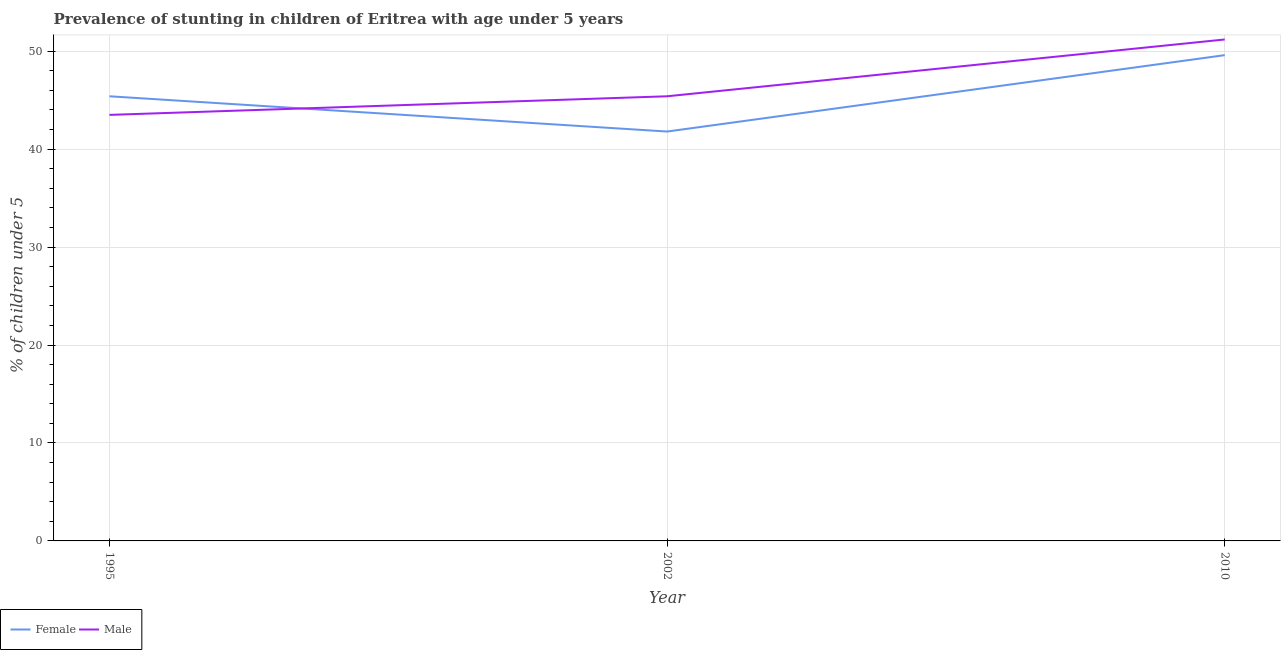
| Year | Female | Male |
 | --- | --- | --- |
 | 1995 | 45.4 | 43.5 |
 | 2002 | 41.8 | 45.4 |
 | 2010 | 49.6 | 51.2 |